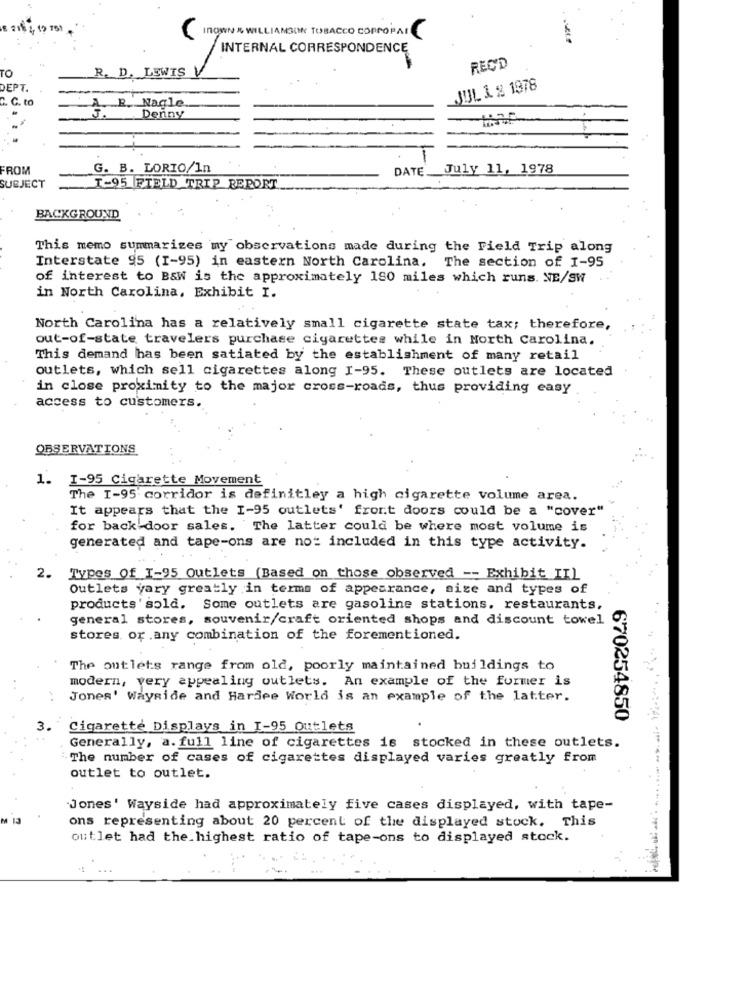
19 751
INOWN & WILLIAMSON TOBACCO COPPOPAI
INTERNAL CORRESPONDENCE
TO
R. D. LEWIS
REC'D
DEPT.
JUL 1 : 1978
C. C. to
A. B. Nagle
Denny
FROM
G. B. LORIO/In
DATE
July 11, 1978
SUBJECT
T-95 FIELD TRIP REPORT
BACKGROUND
This memo summarizes my observations made during the Field Trip along
Interstate 95 (1-95) in eastern North Carolina. The section of I-95
of interest to B&W is the approximately 180 miles which runs. NE/SW
in North Carolina, Exhibit I.
North Carolina has a relatively small cigarette state tax; therefore,
out-of-state travelers purchase cigarettes while in North Carolina.
This demand has been satiated by the establishment of many retail
outlets, which sell cigarettes along 1-95. These outlets are located
in close proximity to the major cross-roads, thus providing easy
access to customers.
OBSERVATIONS
1. I-95 Cigarette Movement
The I-95 corridor is definitley a high cigarette volume area.
It appears that the I-95 outlets' front doors could be a "cover"
for back door sales. The latter could be where most volume is
generated and tape-ons are not included in this type activity.
2.
Types Of_I-95 Outlets (Based on those observed -- Exhibit II)
Outlets vary greatly in terms of appearance, sise and types of
products' sold. Some outlets are gasoline stations. restaurants,
general stores, souvenir/craft oriented shops and discount towel
stores, or any combination of the forementioned.
The outlets range from old, poorly maintained buildings to
modern, very appealing outlets. An example of the former is
Jones' Wayside and Hardee World is an example of the latter.
670254850
3.
Cigarette Displays in I-95 Outlets
Generally, a. full line of cigarettes is stocked in these outlets.
The number of cases of cigarettes displayed varies greatly from
outlet to outlet.
Jones' Wayside had approximately five cases displayed, with tape-
ons representing about 20 percent of the displayed stock. This
outlet had the highest ratio of tape-ons to displayed stock.